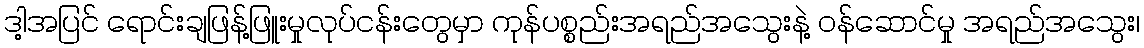
ဒါ့အပြင် ရောင်းချဖြန့်ဖြူးမှုလုပ်ငန်းတွေမှာ ကုန်ပစ္စည်းအရည်အသွေးနဲ့ ဝန်ဆောင်မှု အရည်အသွေး၊